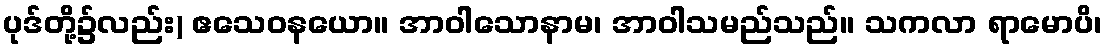
ပုဒ်တို့၌လည်း) ဧသေဝနယော။ အာဝါသောနာမ၊ အာဝါသမည်သည်။ သကလာ ရာမောပိ၊